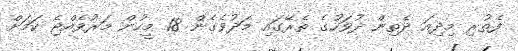
ފެތުރި މިދިއަ ދެތިން ދުވަހުގެ ތެރޭގައި މަދުވެގެން 18 މީހުން މަރުވެއްޖެ ކަމަށް